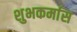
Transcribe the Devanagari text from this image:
शुभकर्मास